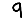
Digit: 9